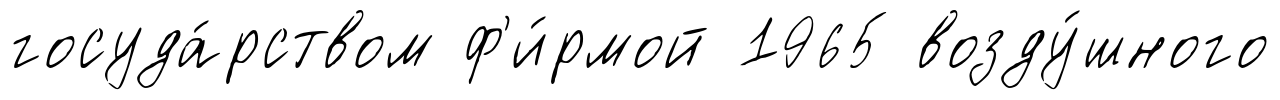
госуда́рством ф'и́рмой 1965 возду́шного